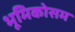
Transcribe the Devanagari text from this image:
भूमिकोसम